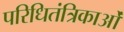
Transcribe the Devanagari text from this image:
परिधितंत्रिकाओं